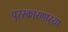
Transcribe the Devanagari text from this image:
पुरस्कारणाऱ्या